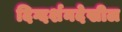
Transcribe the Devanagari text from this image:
दिग्दर्शनदेखील